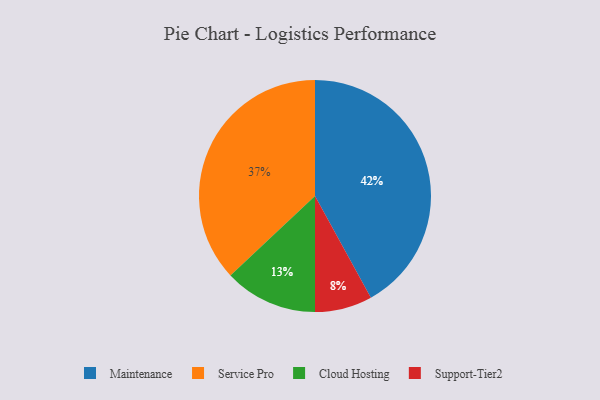
{"axis": {"x": "Category", "y": "Percentage"}, "legend": ["Cloud Hosting", "Maintenance", "Service Pro", "Support-Tier2"], "data": [{"x": "Service Pro", "y": 37, "type": "Service Pro"}, {"x": "Maintenance", "y": 42, "type": "Maintenance"}, {"x": "Support-Tier2", "y": 8, "type": "Support-Tier2"}, {"x": "Cloud Hosting", "y": 13, "type": "Cloud Hosting"}]}